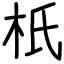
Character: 𣏚